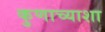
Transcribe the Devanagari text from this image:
कुणाच्याशा